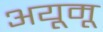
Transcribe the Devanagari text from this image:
अयूमू